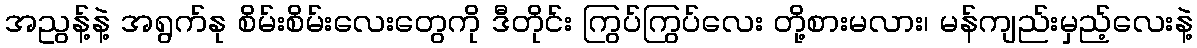
အညွန့်နဲ့ အရွက်နု စိမ်းစိမ်းလေးတွေကို ဒီတိုင်း ကြွပ်ကြွပ်လေး တို့စားမလား၊ မန်ကျည်းမှည့်လေးနဲ့